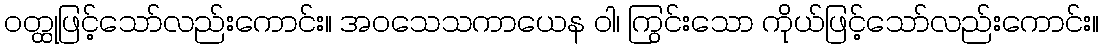
ဝတ္ထုဖြင့်သော်လည်းကောင်း။ အဝသေသကာယေန ဝါ၊ ကြွင်းသော ကိုယ်ဖြင့်သော်လည်းကောင်း။